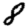
Digit: 8